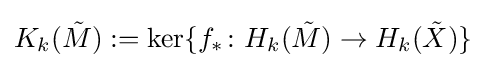
K_{k}({\tilde {M}}):=\mathrm {ker} \{f_{*}\colon H_{k}({\tilde {M}})\rightarrow H_{k}({\tilde {X}})\}